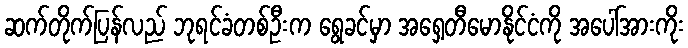
ဆက်တိုက်ပြန်လည် ဘုရင်ခံတစ်ဦးက ရွေခင်မှာ အရှေ့တီမောနိုင်ငံကို အပေါ်အားကိုး